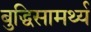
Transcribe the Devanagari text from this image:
बुद्धिसामर्थ्य